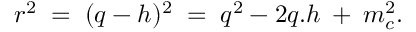
r ^ { 2 } \; = \; ( q - h ) ^ { 2 } \; = \; q ^ { 2 } - 2 q . h \: + \: m _ { c } ^ { 2 } .